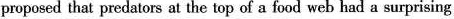
proposed that predators at the top of a food web had a surprising